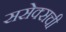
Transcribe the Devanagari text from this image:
ससेक्सची